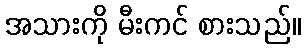
အသားကို မီးကင် စားသည်။